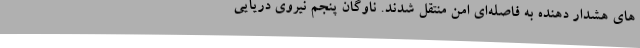
های هشدار دهنده به فاصله‌ای امن منتقل شدند. ناوگان پنجم نیروی دریایی